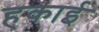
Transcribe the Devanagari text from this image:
हकाई